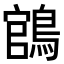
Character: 𬷡